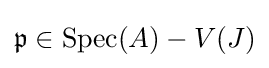
{\mathfrak {p}}\in \operatorname {Spec} (A)-V(J)